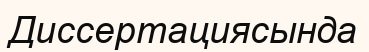
Диссертациясында